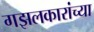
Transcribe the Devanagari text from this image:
गझलकारांच्या